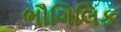
ભૌગિલિક